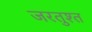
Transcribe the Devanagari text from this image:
जरतुश्त